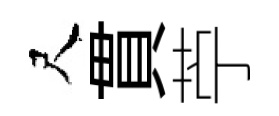
尺貫苧